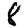
Digit: 8